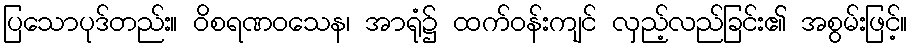
ပြသောပုဒ်တည်း။ ဝိစရဏဝသေန၊ အာရုံ၌ ထက်ဝန်းကျင် လှည့်လည်ခြင်း၏ အစွမ်းဖြင့်။